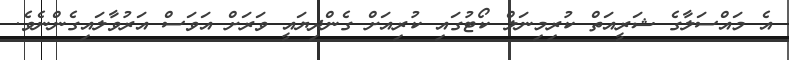
އެ މައްސަލާގެ ޝަރީއަތް ކުރިމިނަލް ކޯޓުގައި ކުރިއަށް ގެންދިޔައީ ވަރަށް އަވަސް އަރުވާލައިގެންނެވެ.